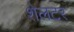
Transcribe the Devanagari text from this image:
शेलटर